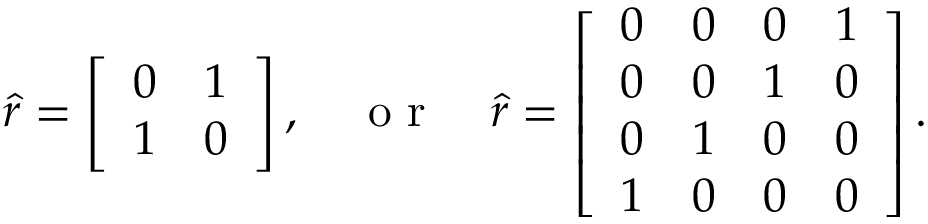
\hat { r } = \left[ \begin{array} { c c } { 0 } & { 1 } \\ { 1 } & { 0 } \end{array} \right] , \quad \mathrm { ~ o ~ r ~ } \quad \hat { r } = \left[ \begin{array} { c c c c } { 0 } & { 0 } & { 0 } & { 1 } \\ { 0 } & { 0 } & { 1 } & { 0 } \\ { 0 } & { 1 } & { 0 } & { 0 } \\ { 1 } & { 0 } & { 0 } & { 0 } \end{array} \right] .